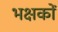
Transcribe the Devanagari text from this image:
भक्षकों